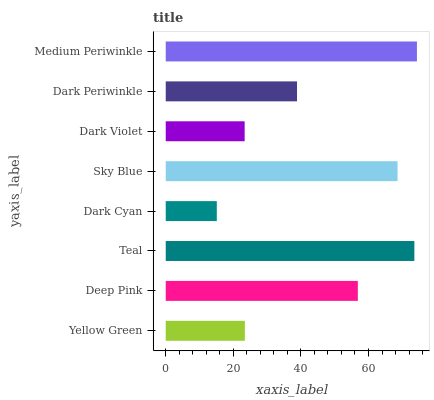
| yaxis_label | bars |
 | --- | --- |
 | Yellow Green | 23.4 |
 | Deep Pink | 56.8 |
 | Teal | 73.6 |
 | Dark Cyan | 15.1 |
 | Sky Blue | 68.6 |
 | Dark Violet | 23.4 |
 | Dark Periwinkle | 38.8 |
 | Medium Periwinkle | 74.3 |